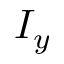
I _ { y }